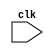
module main (clk);
input clk;
reg [100:0] a,b;	
	
initial a = 1;
initial b = 0;


always @ (posedge clk) begin
	if (a<100) 
	   a<=b+a;

	b <=a;
end

//always begin

//assert property: (a<200);
//end

endmodule